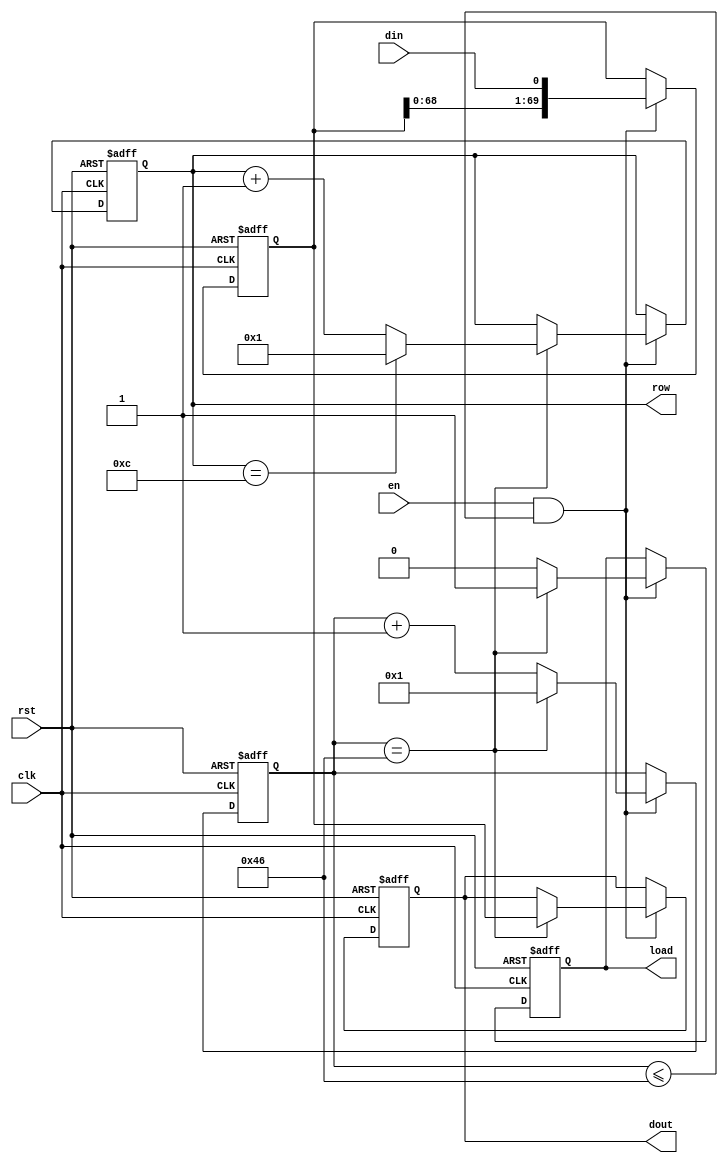
// Title: Serial In Paralell Out V 1.0 (No Changelog)
// Updated: 
//---------------------------------------------------------------------------
// 
// 
//
//---------------------------------------------------------------------------
module sipo (
	input       en,
	input       clk,
	input       din,
	input		rst,
	output reg  load,
	output reg  [69:0] dout,
	output reg 	[3:0]  row
);


	reg [6:0] 	bit_count;
	reg [69:0] 	data_reg;
    
	always @(posedge clk or posedge rst) begin
		if(rst) begin
			data_reg	<= 70'd0;
			bit_count	<= 7'd0;
			load		<= 0;
			dout 		<= 70'd0;
			row			<= 4'd0;
		end else begin
			if (en && bit_count <= 7'd70) begin
				if (bit_count == 7'd70) begin
					data_reg	<= {data_reg[68:0], din};
					bit_count 	<= 7'd1;
					load		<= 1'b1;
					dout 		<= data_reg;
					if(row == 4'd12) begin
						row		<= 4'd1;
					end else begin
						row		<= row + 4'd1;
					end
				end else begin
					data_reg	<= {data_reg[68:0], din};
					bit_count 	<= bit_count + 7'd1;
					load		<= 1'b0;
					dout 		<= dout;
					row			<= row;
				end
			end else begin
				data_reg	<= data_reg;
				bit_count 	<= bit_count;
				load		<= load;
				dout 		<= dout;
				row			<= row;
			end
		end
	end

endmodule